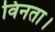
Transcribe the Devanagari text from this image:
विनता।